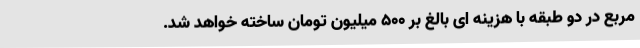
مربع در دو طبقه با هزینه ای بالغ بر 500 میلیون تومان ساخته خواهد شد.